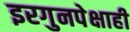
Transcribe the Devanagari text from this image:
इरगुनपेक्षाही